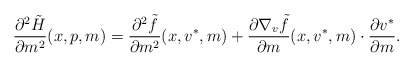
\begin{align*} \frac{\partial^2 \tilde H}{\partial m^2}(x,p,m)= \frac{\partial^2 \tilde f}{\partial m^2}(x,v^*,m) + \frac{\partial \nabla_v \tilde f }{\partial m}(x,v^*,m) \cdot \frac{\partial v^*}{\partial m}. \end{align*}